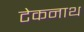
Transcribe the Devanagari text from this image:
टेकनाथ